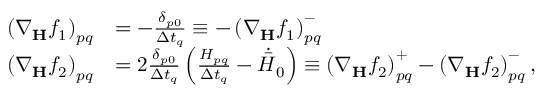
\begin{array} { r l } { \left( \nabla _ { \mathbf { H } } f _ { 1 } \right) _ { p q } } & { = - \frac { \delta _ { p 0 } } { \Delta t _ { q } } \equiv - \left( \nabla _ { \mathbf { H } } f _ { 1 } \right) _ { p q } ^ { - } } \\ { \left( \nabla _ { \mathbf { H } } f _ { 2 } \right) _ { p q } } & { = 2 \frac { \delta _ { p 0 } } { \Delta t _ { q } } \left( \frac { H _ { p q } } { \Delta t _ { q } } - \dot { \bar { H } } _ { 0 } \right) \equiv \left( \nabla _ { \mathbf { H } } f _ { 2 } \right) _ { p q } ^ { + } - \left( \nabla _ { \mathbf { H } } f _ { 2 } \right) _ { p q } ^ { - } , } \end{array}